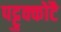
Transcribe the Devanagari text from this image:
पट्टुक्कोटै